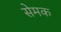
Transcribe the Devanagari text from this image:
सेमक